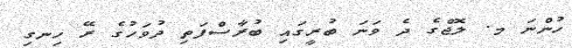
ހުންނަ މ. ލޮޖްގެ ދެ ވަނަ ބުރީގައި ބުރާސްފަތި ދުވަހުގެ ރޭ ހިނގި